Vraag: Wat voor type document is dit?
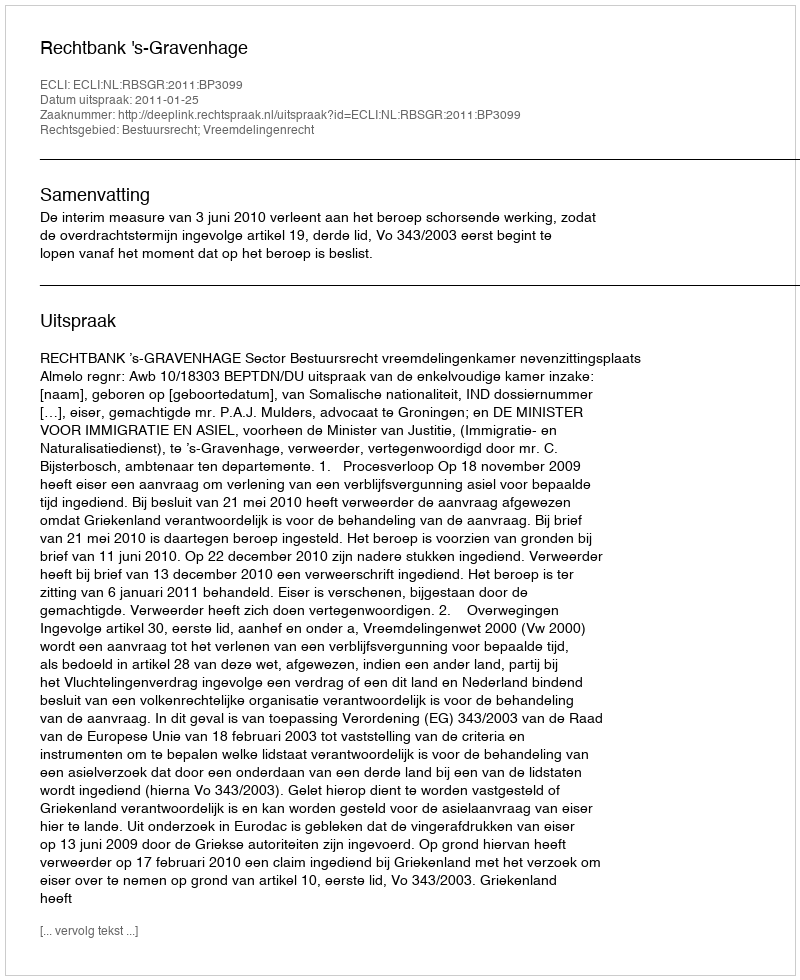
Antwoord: Uitspraak